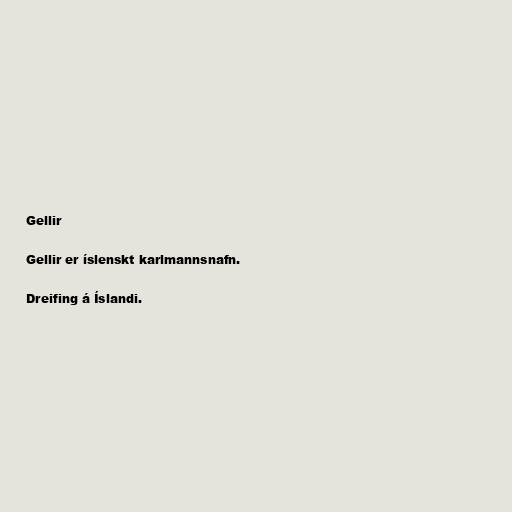
Gellir

Gellir er íslenskt karlmannsnafn.

Dreifing á Íslandi.